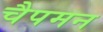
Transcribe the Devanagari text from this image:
चैपमन